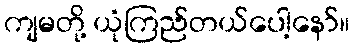
ကျမတို့ ယုံကြည်တယ်ပေါ့နော်။